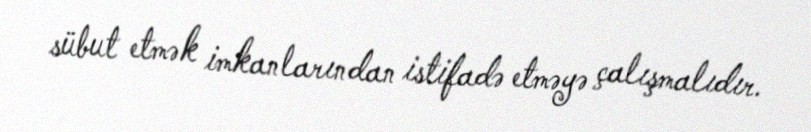
sübut etmək imkanlarından istifadə etməyə çalışmalıdır.